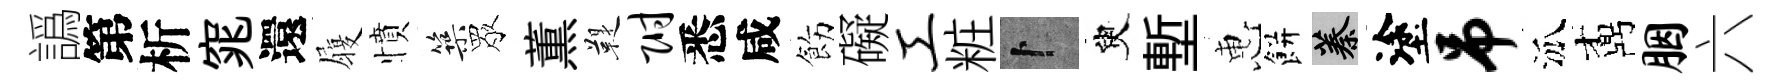
譌第析窕還履憤築眾薫鞮附悉咸飭礙工粧卜臾塹惠餅蓁塗吊泒鼒胭六